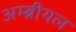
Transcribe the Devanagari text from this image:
अम्ब्रीयल